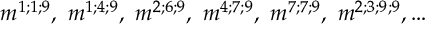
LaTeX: m ^ { 1 ; 1 ; 9 } , \ m ^ { 1 ; 4 ; 9 } , \ m ^ { 2 ; 6 ; 9 } , \ m ^ { 4 ; 7 ; 9 } , \ m ^ { 7 ; 7 ; 9 } , \ m ^ { 2 ; 3 ; 9 ; 9 } , \dots